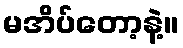
မအိပ်တော့နဲ့။